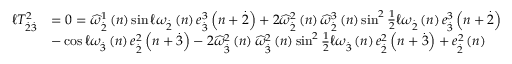
\begin{array} { r l } { \mathcal { \ell } T _ { \overset { . } { 2 } \overset { . } { 3 } } ^ { 2 } } & { = 0 = \widehat { \omega } _ { \overset { . } { 2 } } ^ { 1 } \left( n \right) \sin \mathcal { \ell } \omega _ { \overset { . } { 2 } } \left( n \right) e _ { \overset { . } { 3 } } ^ { 3 } \left( n + \overset { . } { 2 } \right) + 2 \widehat { \omega } _ { \overset { . } { 2 } } ^ { 2 } \left( n \right) \widehat { \omega } _ { \overset { . } { 2 } } ^ { 3 } \left( n \right) \sin ^ { 2 } \frac { 1 } { 2 } \mathcal { \ell } \omega _ { \overset { . } { 2 } } \left( n \right) e _ { \overset { . } { 3 } } ^ { 3 } \left( n + \overset { . } { 2 } \right) } \\ & { - \cos \mathcal { \ell } \omega _ { \overset { . } { 3 } } \left( n \right) e _ { \overset { . } { 2 } } ^ { 2 } \left( n + \overset { . } { 3 } \right) - 2 \widehat { \omega } _ { \overset { . } { 3 } } ^ { 2 } \left( n \right) \widehat { \omega } _ { \overset { . } { 3 } } ^ { 2 } \left( n \right) \sin ^ { 2 } \frac { 1 } { 2 } \mathcal { \ell } \omega _ { \overset { . } { 3 } } \left( n \right) e _ { \overset { . } { 2 } } ^ { 2 } \left( n + \overset { . } { 3 } \right) + e _ { \overset { . } { 2 } } ^ { 2 } \left( n \right) } \end{array}